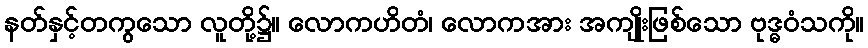
နတ်နှင့်တကွသော လူတို့၌။ လောကဟိတံ၊ လောကအား အကျိုးဖြစ်သော ဗုဒ္ဓဝံသကို။